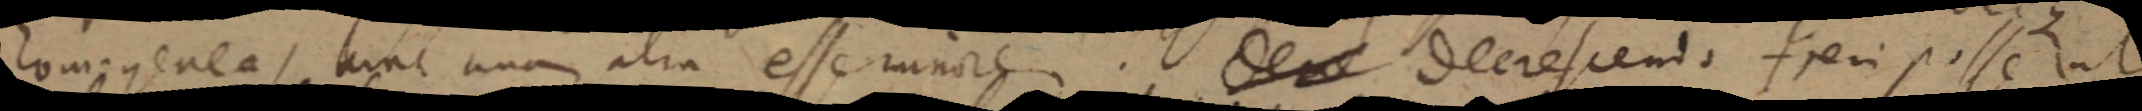
homogenea, hinc unum alia esse minore. den decrescendo. frei posse lut